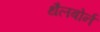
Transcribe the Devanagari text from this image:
थैलबोर्न